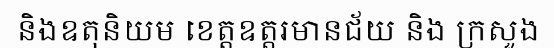
និងឧតុនិយម ខេត្តឧត្តរមានជ័យ និង ក្រសួង